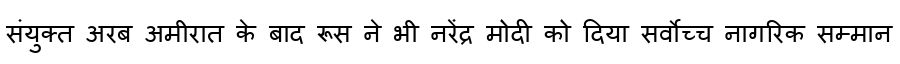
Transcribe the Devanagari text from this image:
संयुक्त अरब अमीरात के बाद रूस ने भी नरेंद्र मोदी को दिया सर्वोच्च नागरिक सम्मान